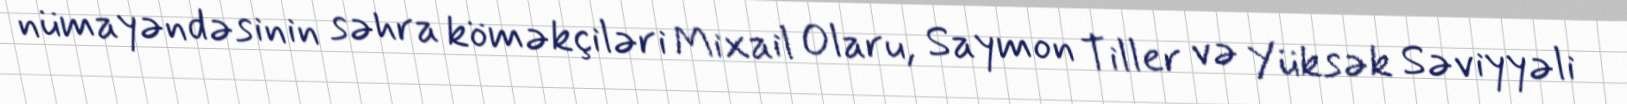
nümayəndəsinin səhra köməkçiləri Mixail Olaru, Saymon Tiller və Yüksək Səviyyəli